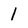
Character: 1